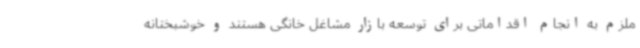
ملزم به انجام اقداماتی برای توسعه بازار مشاغل خانگی هستند و خوشبختانه